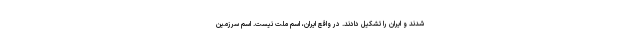
شدند و ایران را تشکیل دادند. در واقع ایران، اسم ملت نیست. اسم سرزمین